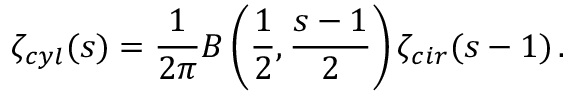
\zeta _ { c y l } ( s ) = \frac { 1 } { 2 \pi } B \left( \frac { 1 } { 2 } , \frac { s - 1 } { 2 } \right) \zeta _ { c i r } ( s - 1 ) \, { . }